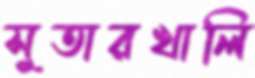
সুতারখালি